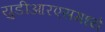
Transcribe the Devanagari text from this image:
युडीआरएसमध्ये